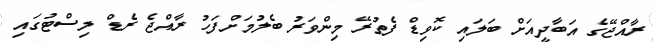
ރާއްޖޭގެ އަބާދީއަށް ބަލައި ކޮވިޑް ފެތުރޭ މިންވަރު ބެލުމަށްފަހު ރާއްޖެ ރެޑް ލިސްޓުގައި